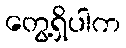
တွေ့ရှိပါက